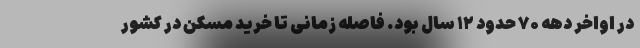
در اواخر دهه ۷۰ حدود ۱۲ سال بود. فاصله زمانی تا خرید مسکن در کشور